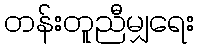
တန်းတူညီမျှရေး